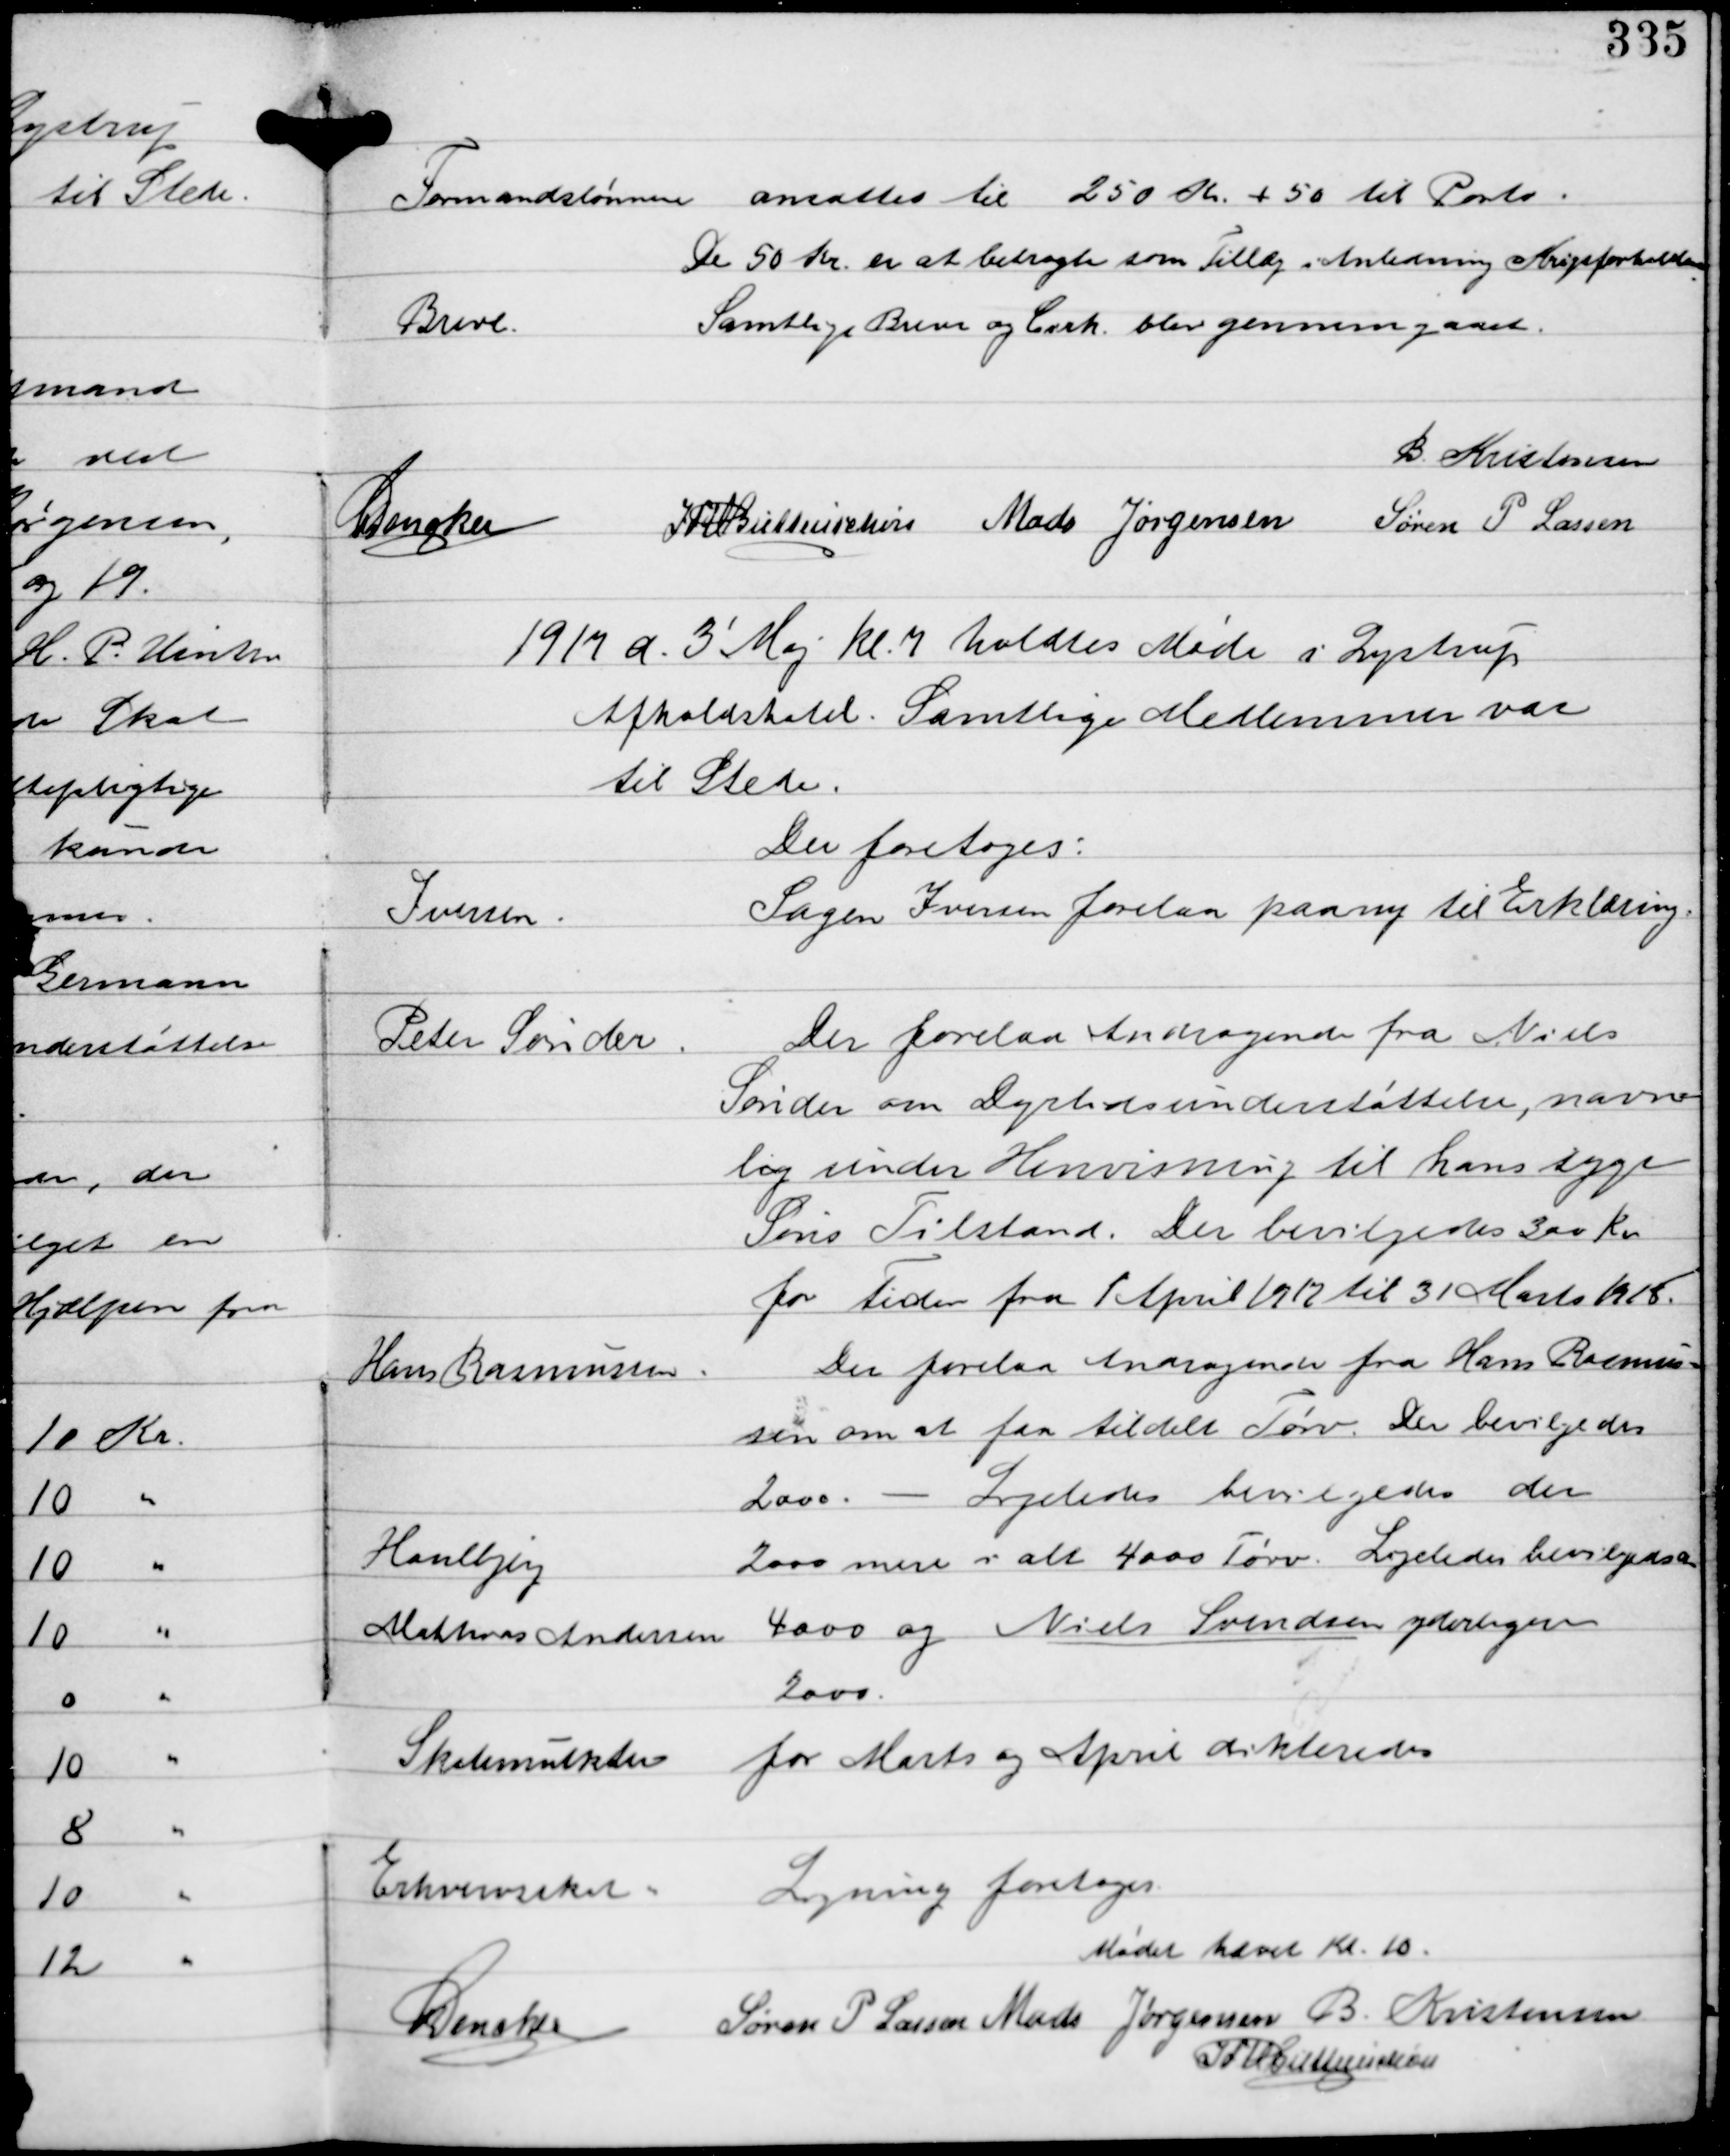
Transskription:
Formandslønnen
ansattes til 250 Kr + 50 til Porto.
De 50 Kr er at betragte som Tillæg i Anledning Krigsforholdene

Breve

Samtlige Breve og Cirk blev gennemgaaede

B Kristensen
C Dencker
IFV Buttenschøn Mads Jørgensen Søren P Lassen

1917 d. 3' Maj Kl 7 holdtes Møde i Lystrup
Afholdshotel. Samtlige Medlemmer var
til Stede.

Der foretoges:

Iversen.

Sagen Iversen forelaa paany til Erklæring.

Peter Sønder.

Der forelaa Andragende fra Niels
Sønder om Dyrtidsunderstøttelse, navn-
lig under Henvisning til hans syge
Søns Tilstand. Der bevilgedes 300 kr
for Tiden fra 1 April 1917 til 31 Marts 1918.

Hans Rasmussen.
Houlbjerg
Mathias Andersen

Der forelaa Andragende fra Hans Rasmus-
sen om at faa tildelt Tørv. Der bevilgedes
2000. - Ligeledes bevilgedes der
2000 mere i alt 4000 Tørv. Ligeledes bevilgedes
4000 og Niels Svendsen yderligere
2000.

Skolemulkter
for Marts og April dikteredes

Erhvervsskat:

Ligning foretoges

Mødet hæver Kl. 10.
C Dencker
Søren P Lassen Mads Jørgensen B. Kristensen
IFV Buttenschøn